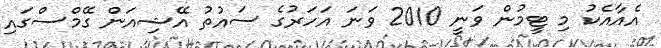
އެއާއެކު މި ޓީމުން ވަނީ 2010 ވަނަ އަހަރުގެ ސައުތު އޭޝިއަން ގޭމްސްގައި